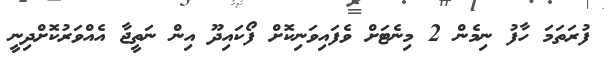
ފުރަތަމަ ހާފު ނިމެން 2 މިނެޓަށް ވެފައިވަނިކޮށް ފޯކައިދޫ އިން ނަތީޖާ އެއްވަރުކޮށްދިނީ